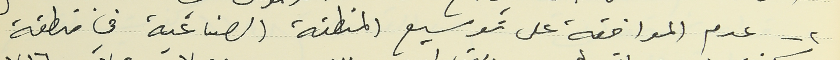
٢ - عدم الموافقة على توسيع المنطقة الصناعية في منطقة